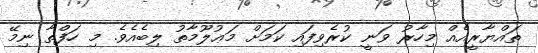
ތައްޔާރީއެއް މިހާރު ވަނީ ކުރެވިފައި ކަމަށް މަޢުލޫމާތު ލިބެއެވެ. މި ހަފްތާ ނިމޭ